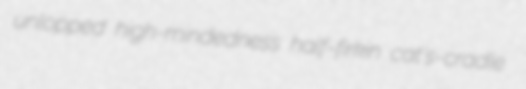
unlopped high-mindedness half-firkin cat's-cradle